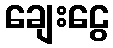
ချေးငွေ